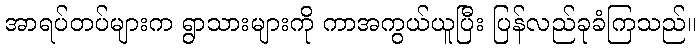
အာရပ်တပ်များက ရွာသားများကို ကာအကွယ်ယူပြီး ပြန်လည်ခုခံကြသည်။